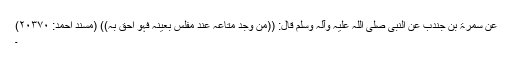
عَنْ سَمُرَۃَ ْبِن جُنْدُبٍ عَنِ النَّبِیِّ ‌صلی ‌اللہ ‌علیہ ‌وآلہ ‌وسلم قَالَ: ((مَنْ وَجَدَ مَتَاعَہُ عِنْدَ مُفْلِسٍ بِعَیْنِہِ فَہُوَ أَحَقُّ بِہِ)) (مسند احمد: ۲۰۳۷۰)
۔